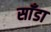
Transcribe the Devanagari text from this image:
साँडा